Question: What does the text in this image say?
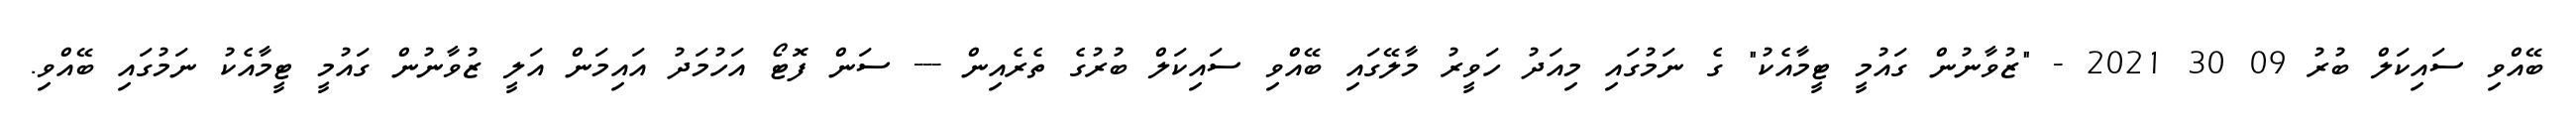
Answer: ބޭއްވި ސައިކަލް ބުރު 09 30 2021 - "ޒުވާނުން ގައުމީ ޓީމާއެކު" ގެ ނަމުގައި މިއަދު ހަވީރު މާލޭގައި ބޭއްވި ސައިކަލް ބުރުގެ ތެރެއިން --- ސަން ފޮޓޯ އަހުމަދު އައިމަން އަލީ ޒުވާނުން ގައުމީ ޓީމާއެކު ނަމުގައި ބޭއްވި.